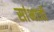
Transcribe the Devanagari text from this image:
सांभाजी